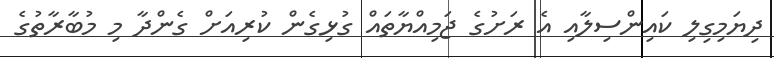
ދިޔަމިގިލި ކައިންސިލާއި އެ ރަށުގެ ޖަމިއްޔާތައް ގުޅިގެން ކުރިއަށް ގެންދާ މި މުބާރާތުގެ